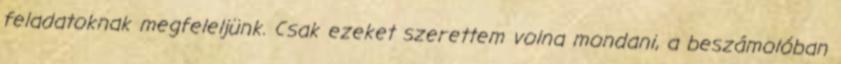
feladatoknak megfeleljünk. Csak ezeket szerettem volna mondani, a beszámolóban